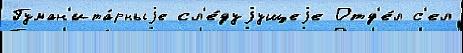
Гуман'ита́рныjе сл'е́дуjущеjе Отд'е́л с'ел